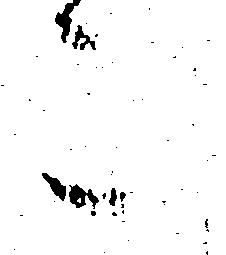
こ